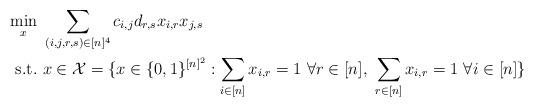
LaTeX: \begin{align*}\min_{x} & \ \sum_{(i,j,r,s) \in [n]^4} c_{i,j}d_{r,s}x_{i,r}x_{j,s} \\\mathrm{s.t.} & \ x \in \mathcal{X} = \{x \in \{0,1\}^{[n]^2}: \sum_{i \in [n]} x_{i,r} = 1 \ \forall r \in [n], \ \sum_{r \in [n]} x_{i,r} = 1 \ \forall i \in [n]\}\end{align*}